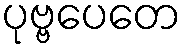
ပုဗ္ဗပေတေ